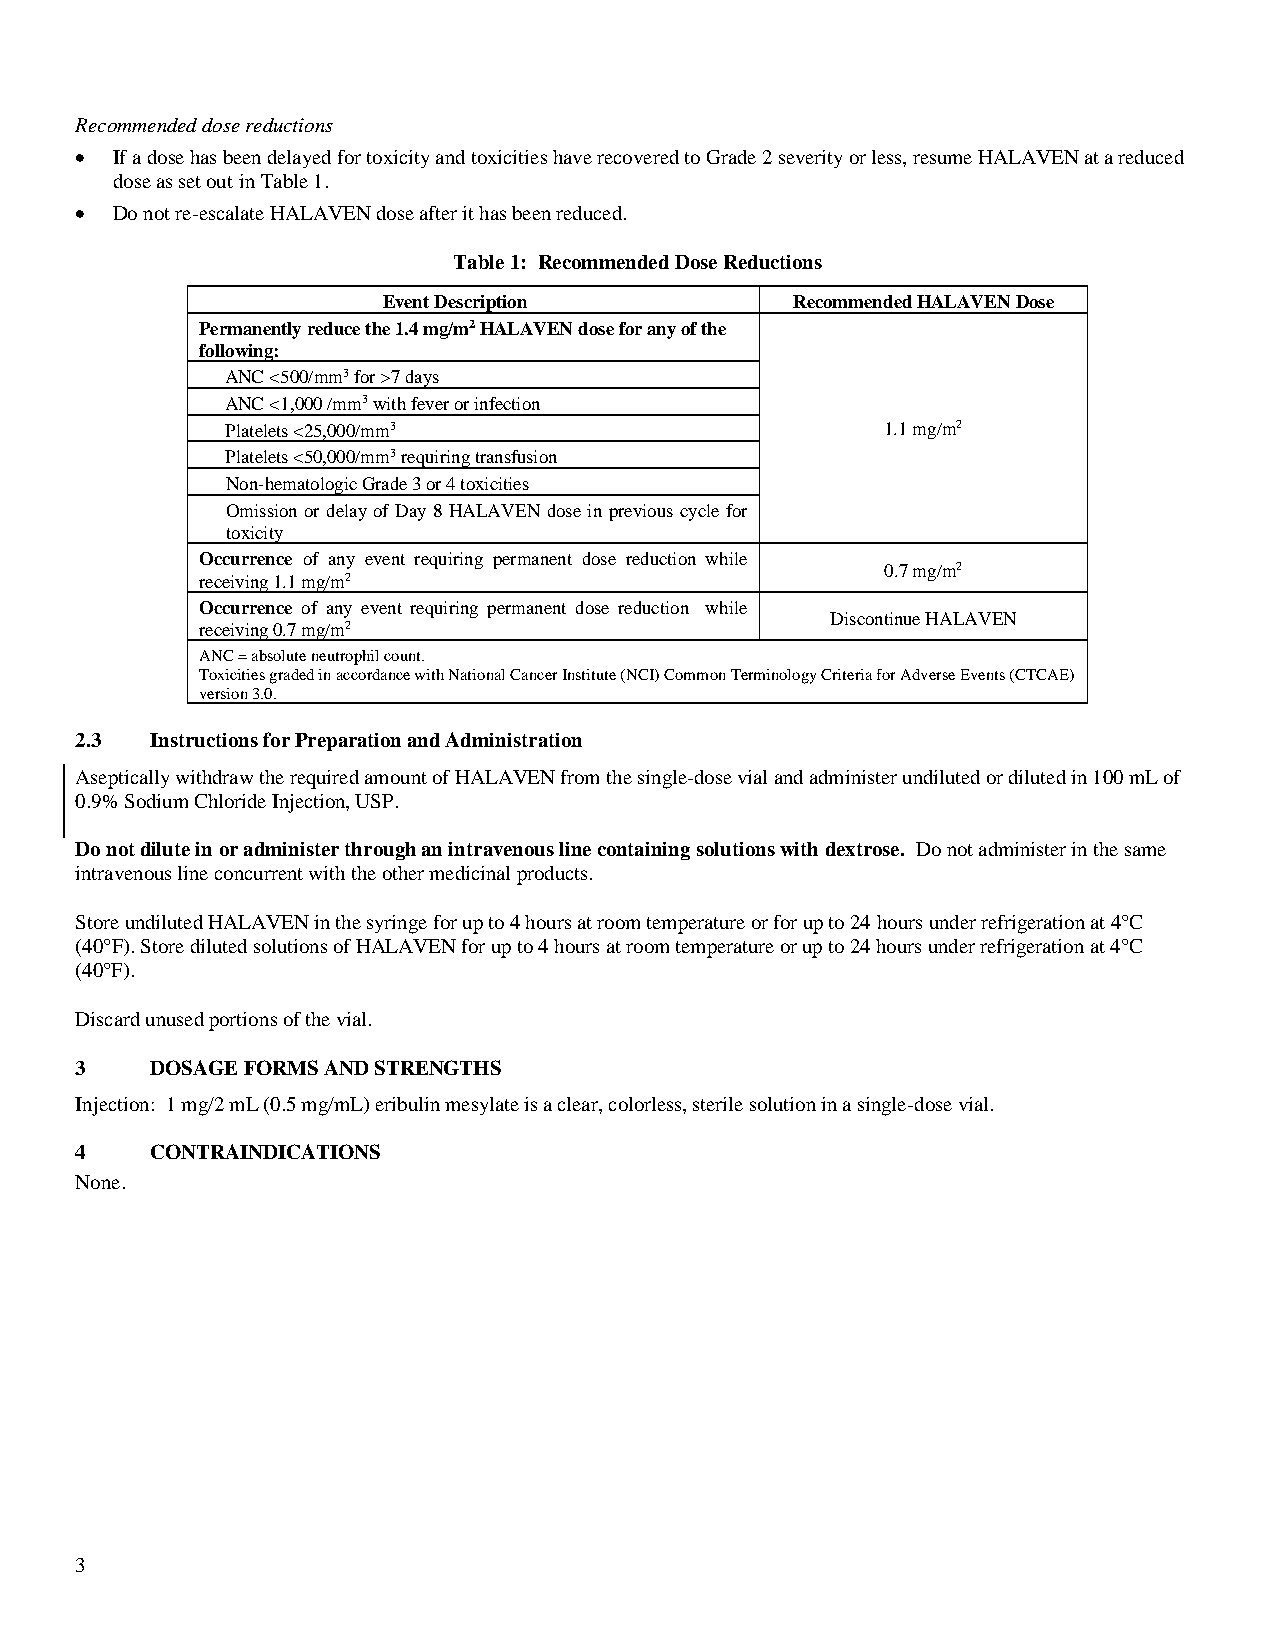
Recommended dose reductions
 • If a dose has been delayed for toxicity and toxicities have recovered to Grade 2 severity or less, resume HALAVEN at a reduced
 dose as set out in Table 1.
 • Do not re-escalate HALAVEN dose after it has been reduced.
 Table 1: Recommended Dose Reductions
 Event Description           Recommended HALAVEN Dose
 Permanently reduce the 1.4 mg/m2 HALAVEN dose for any of the
 following:
 ANC <500/mm3 for >7 days
 ANC <1,000 /mm3 with fever or infection
 Platelets <25,000/mm3                       1.1 mg/m2
 Platelets <50,000/mm3 requiring transfusion
 Non-hematologic Grade 3 or 4 toxicities
 Omission or delay of Day 8 HALAVEN dose in previous cycle for
 toxicity
 Occurrence of any event requiring permanent dose reduction while
 0.7 mg/m2
 receiving 1.1 mg/m2
 Occurrence of any event requiring permanent dose reduction while
 Discontinue HALAVEN
 receiving 0.7 mg/m2
 ANC = absolute neutrophil count.
 Toxicities graded in accordance with National Cancer Institute (NCI) Common Terminology Criteria for Adverse Events (CTCAE)
 version 3.0.
 2.3  Instructions for Preparation and Administration
 Aseptically withdraw the required amount of HALAVEN from the single-dose vial and administer undiluted or diluted in 100 mL of
 0.9% Sodium Chloride Injection, USP.
 Do not dilute in or administer through an intravenous line containing solutions with dextrose. Do not administer in the same
 intravenous line concurrent with the other medicinal products.
 Store undiluted HALAVEN in the syringe for up to 4 hours at room temperature or for up to 24 hours under refrigeration at 4°C
 (40°F). Store diluted solutions of HALAVEN for up to 4 hours at room temperature or up to 24 hours under refrigeration at 4°C
 (40°F).
 Discard unused portions of the vial.
 3    DOSAGE FORMS AND STRENGTHS
 Injection: 1 mg/2 mL (0.5 mg/mL) eribulin mesylate is a clear, colorless, sterile solution in a single-dose vial.
 4    CONTRAINDICATIONS
 None.
 3